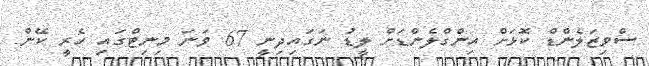
ސްވިޒަލެންޑް ކޮޅަށް އިންގްލެންޑަށް ލީޑު ނަގައިދިނީ 67 ވަނަ މިނިޓްގައި ހެރީ ކޭން